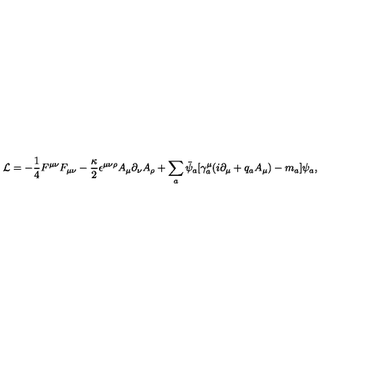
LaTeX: { \cal L } = - \frac { 1 } { 4 } F ^ { \mu \nu } F _ { \mu \nu } - \frac { \kappa } { 2 } \epsilon ^ { \mu \nu \rho } A _ { \mu } \partial _ { \nu } A _ { \rho } + \sum _ { a } \bar { \psi } _ { a } [ \gamma _ { a } ^ { \mu } ( i \partial _ { \mu } + q _ { a } A _ { \mu } ) - m _ { a } ] \psi _ { a } ,